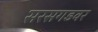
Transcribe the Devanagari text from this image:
सरसगडवर